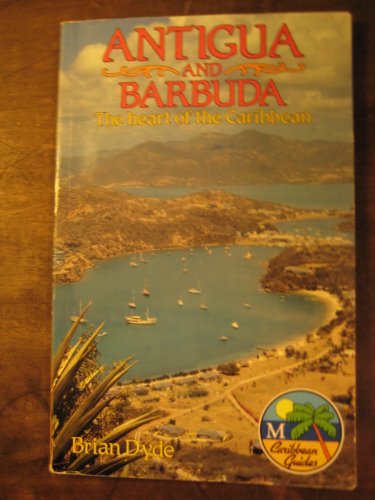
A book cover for Antigua and Barbuda: The Heart of the Caribbean (Macmillan Caribbean Guides); Brian Dyde; Travel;